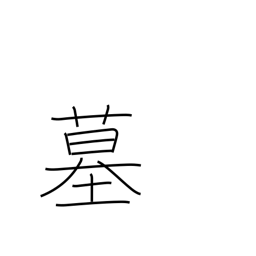
Meaning: grave